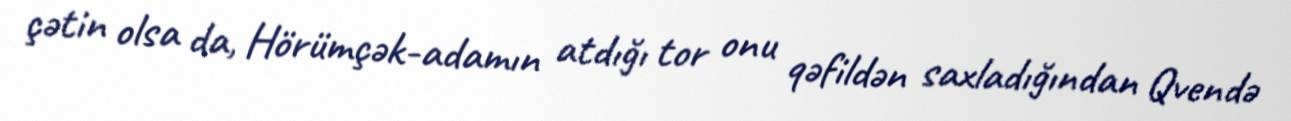
çətin olsa da, Hörümçək-adamın atdığı tor onu qəfildən saxladığından Qvendə